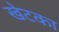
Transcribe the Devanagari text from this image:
खेटका